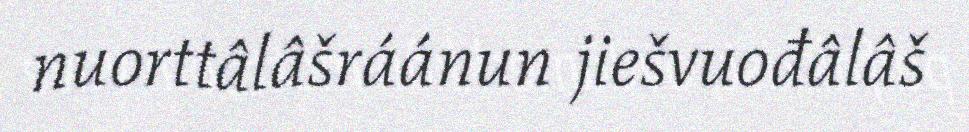
nuorttâlâšráánun jiešvuođâlâš